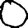
Digit: 0